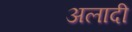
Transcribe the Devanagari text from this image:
अलादी